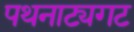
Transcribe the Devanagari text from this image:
पथनाट्यगट